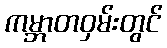
ကမ္ဘာတဝှမ်းတွင်